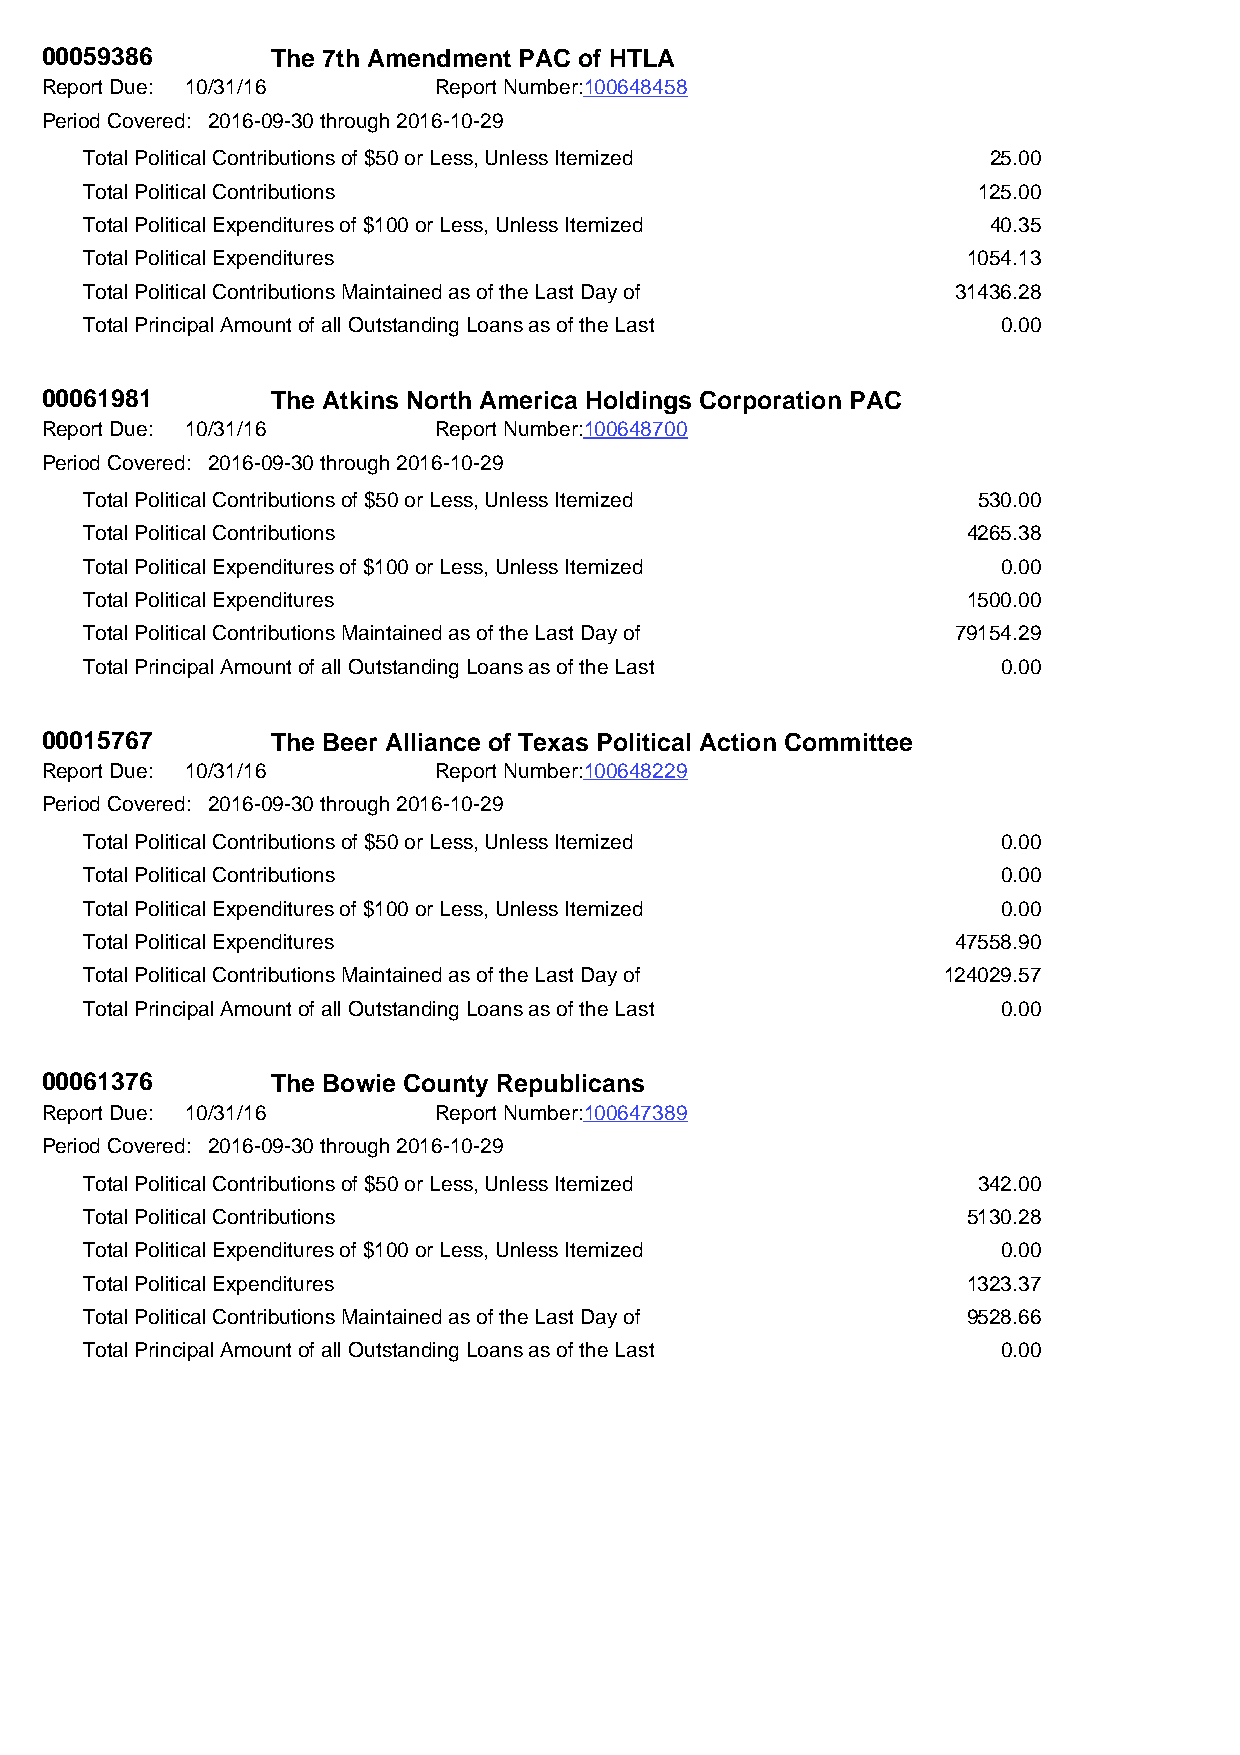
00059386       The 7th Amendment PAC of HTLA
 Report Due: 10/31/16      Report Number:100648458
 Period Covered: 2016-09-30 through 2016-10-29
 Total Political Contributions of $50 or Less, Unless Itemized 25.00
 Total Political Contributions                              125.00
 Total Political Expenditures of $100 or Less, Unless Itemized 40.35
 Total Political Expenditures                              1054.13
 Total Political Contributions Maintained as of the Last Day of 31436.28
 Total Principal Amount of all Outstanding Loans as of the Last 0.00
 00061981       The Atkins North America Holdings Corporation PAC
 Report Due: 10/31/16      Report Number:100648700
 Period Covered: 2016-09-30 through 2016-10-29
 Total Political Contributions of $50 or Less, Unless Itemized 530.00
 Total Political Contributions                             4265.38
 Total Political Expenditures of $100 or Less, Unless Itemized 0.00
 Total Political Expenditures                              1500.00
 Total Political Contributions Maintained as of the Last Day of 79154.29
 Total Principal Amount of all Outstanding Loans as of the Last 0.00
 00015767       The Beer Alliance of Texas Political Action Committee
 Report Due: 10/31/16      Report Number:100648229
 Period Covered: 2016-09-30 through 2016-10-29
 Total Political Contributions of $50 or Less, Unless Itemized 0.00
 Total Political Contributions                               0.00
 Total Political Expenditures of $100 or Less, Unless Itemized 0.00
 Total Political Expenditures                             47558.90
 Total Political Contributions Maintained as of the Last Day of 124029.57
 Total Principal Amount of all Outstanding Loans as of the Last 0.00
 00061376       The Bowie County Republicans
 Report Due: 10/31/16      Report Number:100647389
 Period Covered: 2016-09-30 through 2016-10-29
 Total Political Contributions of $50 or Less, Unless Itemized 342.00
 Total Political Contributions                             5130.28
 Total Political Expenditures of $100 or Less, Unless Itemized 0.00
 Total Political Expenditures                              1323.37
 Total Political Contributions Maintained as of the Last Day of 9528.66
 Total Principal Amount of all Outstanding Loans as of the Last 0.00